Vaccination in Bombay 1863-1868 - 1863-1868
Year: 1863
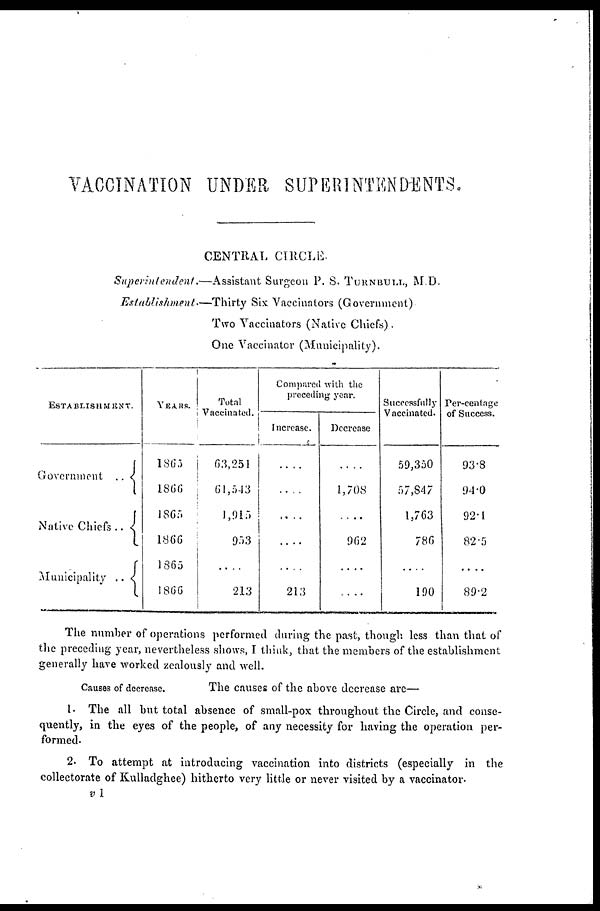
VACCINATION UNDER SUPERINTENDENTS.
CENTRAL CIRCLE.
Superintendent.—Assistant
Surgeon P. S. TURNBULL, M.D.
Establishment.—Thirty
Six Vaccinators (Government)
Two Vaccinators (Native Chiefs).
One Vaccinator (Municipality).
ESTABLISHMENT.
Government ..
Native Chiefs ..
Municipality ..
YEARS.
1865
1866
1865
1866
1865
1866
Total
Vaccinated.
63,251
61,543
1,915
953
....
213
Compared with the
preceding year.
Increase.
....
....
....
....
....
213
Decrease.
....
1,708
....
962
....
....
Successfully
Vaccinated.
59,350
57,847
1,763
786
....
190
Per-centage
of Success.
93.8
94.0
92.1
82.5
....
89.2
The number of operations performed during the past, though less than that of
the preceding year, nevertheless shows, I think, that the members of the establishment
generally have worked zealously and well.
Causes of decrease.
The causes of the above decrease are—
1. The all but total absence of small-pox throughout the Circle, and conse-
quently, in the eyes of the people, of any necessity for having the operation per-
formed.
2. To attempt at introducing vaccination into districts (especially in the
collectorate of Kulladghee) hitherto very little or never visited by a vaccinator.
v 1